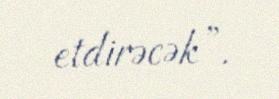
etdirəcək”.